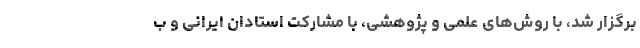
برگزار شد، با روش‌های علمی و پژوهشی، با مشارکت استادان ایرانی و ب